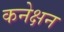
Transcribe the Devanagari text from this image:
कनेक्षन